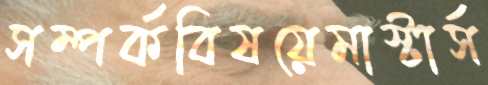
সম্পর্কবিষয়েমাস্টার্স